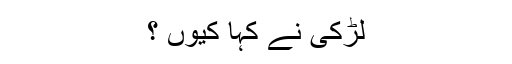
لڑکی نے کہا کیوں ؟